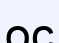
ос